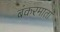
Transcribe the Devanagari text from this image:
बंकरमाता